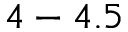
4 - 4 . 5